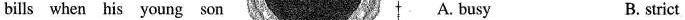
bills when his young son A. busy B. strict